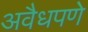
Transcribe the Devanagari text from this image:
अवैधपणे